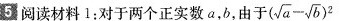
5 阅读材料1：对于两个正实数a，b，由于$$( \sqrt { a } - \sqrt { b } ) ^ { 2 }